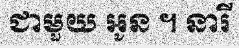
ជាមួយ អូន ។ នារី